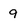
Character: 9